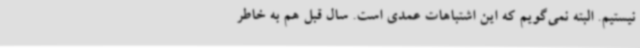
نیستیم. البته نمی‌گویم که این اشتباهات عمدی است. سال قبل هم به خاطر